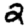
Digit: 2